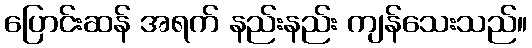
ပြောင်းဆန် အရက် နည်းနည်း ကျန်သေးသည်။